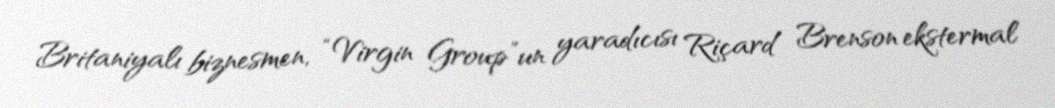
Britaniyalı biznesmen, “Virgin Group”un yaradıcısı Riçard Brenson ekstermal